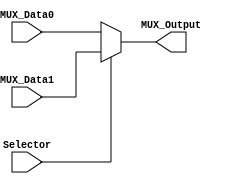
module Multiplexer2to1
#(
  parameter NBits=32
)
(
  input Selector,
  input [NBits-1:0] MUX_Data0,
  input [NBits-1:0] MUX_Data1,
  
  output reg [NBits-1:0] MUX_Output

);

  always@(Selector,MUX_Data1,MUX_Data0) begin
    if(Selector)
      MUX_Output = MUX_Data1;
    else
      MUX_Output = MUX_Data0;
  end

endmodule